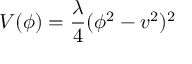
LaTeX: V ( \phi ) = { \frac { \lambda } { 4 } } ( \phi ^ { 2 } - v ^ { 2 } ) ^ { 2 }